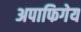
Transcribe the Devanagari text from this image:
अपाफिगेय